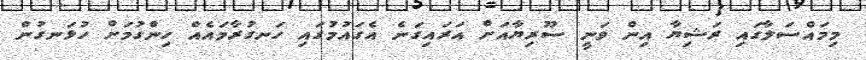
މިމައްސަލާގައި ރަޝިޔާ އިން ވަނީ ސޫރިޔާއަށް އަރައިގަނެ އެގައުމުގައި ހަނގުރާމައެއް ހިންގުމަށް ހުޅަނގުން